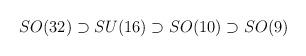
LaTeX: \begin{align*}SO(32)\supset SU(16)\supset SO(10)\supset SO(9)\end{align*}